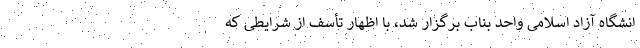
انشگاه آزاد اسلامی واحد بناب برگزار شد، با اظهار تأسف از شرایطی که